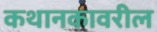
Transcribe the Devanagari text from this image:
कथानकावरील